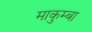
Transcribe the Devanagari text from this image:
माकुम्बा